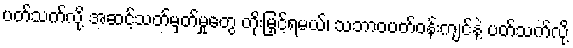
ပတ်သက်လို့ အဆင့်သတ်မှတ်မှုတွေ တိုးမြှင့်ရမယ်၊ သဘာဝပတ်ဝန်းကျင်နဲ့ ပတ်သက်လို့